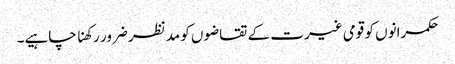
حکمرانوں کو قومی غیرت کے تقاضوں کو مدنظر ضرور رکھنا چاہیے۔